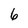
Character: 6